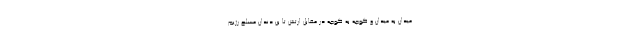
میدان به میدان و کوچه به کوچه در مقابل ارتش تا بن دندان مسلح رژیم